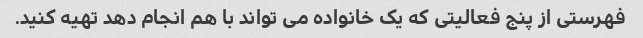
فهرستی از پنج فعالیتی که یک خانواده می تواند با هم انجام دهد تهیه کنید.